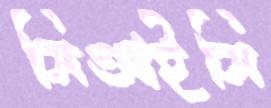
সিআইসি